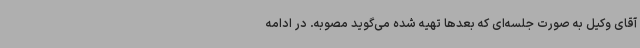
آقای وکیل به صورت جلسه‌ای که بعدها تهیه شده می‌گوید مصوبه. در ادامه